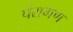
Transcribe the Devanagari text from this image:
पंरागण